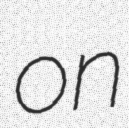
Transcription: on